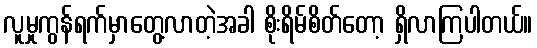
လူမှုကွန်ရက်မှာတွေ့လာတဲ့အခါ စိုးရိမ်စိတ်တော့ ရှိလာကြပါတယ်။